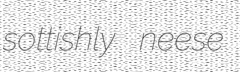
sottishly neese